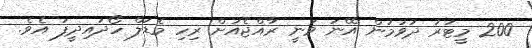
200 މީޓަރު ދުވުމުން އޭނަ ވަނީ ރާއްޖެއަށް ރިހި މެޑަލް ހޯދައިދީފަ އެވެ.